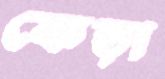
কেড়া